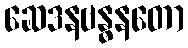
ဆေဒနဗန္ဓနတော